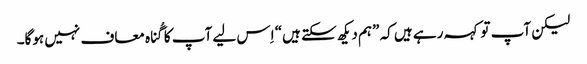
‏ لیکن آپ تو کہہ رہے ہیں کہ ”‏ہم دیکھ سکتے ہیں“‏ اِس لیے آپ کا گُناہ معاف نہیں ہوگا۔